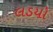
લડયો